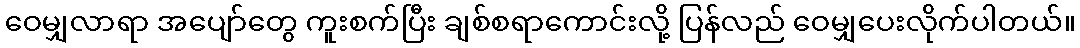
ဝေမျှလာရာ အပျော်တွေ ကူးစက်ပြီး ချစ်စရာကောင်းလို့ ပြန်လည် ဝေမျှပေးလိုက်ပါတယ်။